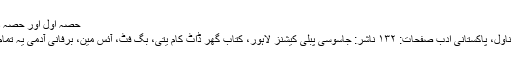
حصہ اول اور حصہ دوم کی طرح یہ …	109-یتی از کاشف زبیر
یتی از کاشف زبیر مصنف: کاشف زبیر صنف: ناول، پاکستانی ادب صفحات: ۱۳۲ ناشر: جاسوسی پبلی کیشنز لاہور، کتاب گھر ڈاٹ کام یتی، بگ فٹ، آئس مین، برفانی آدمی یہ تمام نام ایک ہی مخلوق کی طرف اشارہ کرتے ہیں۔